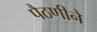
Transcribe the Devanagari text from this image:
पैठणीने